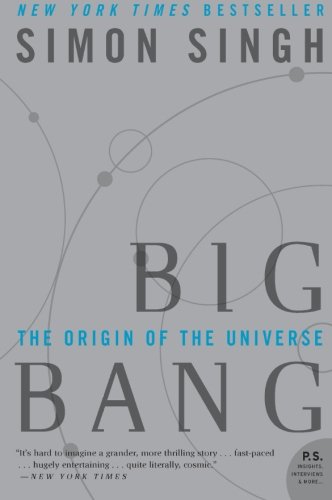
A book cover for Big Bang: The Origin of the Universe; Simon Singh; Science & Math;